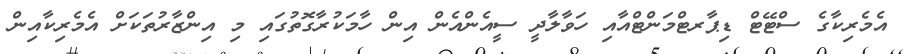
އެމެރިކާގެ ސްޓޭޓް ޑިޕާރޓްމަންޓްއާއި ހަވާލާދީ ސީއެންއެން އިން ހާމަކުރާގޮތުގައި މި އިންޒާރުތަކަށް އެމެރިކާއިން